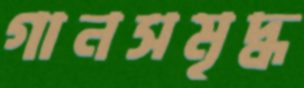
গানসমৃদ্ধ